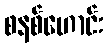
စနစ်ဟောင်း